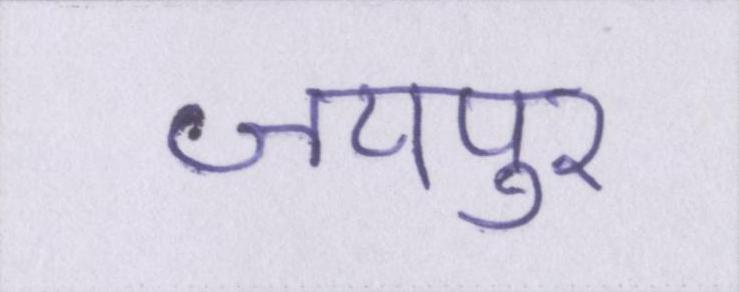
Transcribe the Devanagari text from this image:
जयपुर